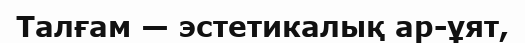
Талғам — эстетикалық ар-ұят,